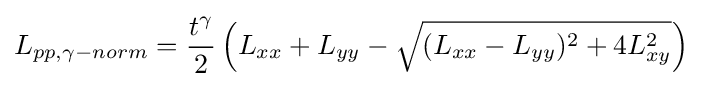
L_{pp,\gamma -norm}={\frac {t^{\gamma }}{2}}\left(L_{xx}+L_{yy}-{\sqrt {(L_{xx}-L_{yy})^{2}+4L_{xy}^{2}}}\right)